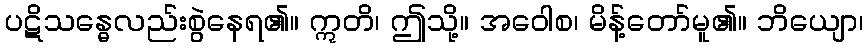
ပဋိသန္ဓေလည်းစွဲနေရ၏။ ဣတိ၊ ဤသို့။ အဝေါစ၊ မိန့်တော်မူ၏။ ဘိယျော၊